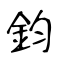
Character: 鈞